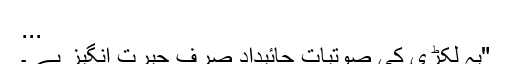
...
"یہ لکڑی کی صوتیات جائیداد صرف حیرت انگیز ہے ۔